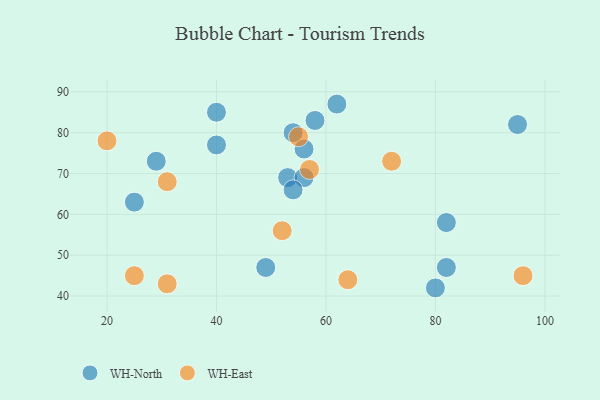
{"axis": {"x": "GDP", "y": "Life Expectancy"}, "legend": ["WH-East", "WH-North"], "data": [{"x": "25", "y": 63, "type": "WH-North"}, {"x": "53", "y": 69, "type": "WH-North"}, {"x": "62", "y": 87, "type": "WH-North"}, {"x": "56", "y": 69, "type": "WH-North"}, {"x": "49", "y": 47, "type": "WH-North"}, {"x": "80", "y": 42, "type": "WH-North"}, {"x": "54", "y": 80, "type": "WH-North"}, {"x": "95", "y": 82, "type": "WH-North"}, {"x": "82", "y": 47, "type": "WH-North"}, {"x": "56", "y": 76, "type": "WH-North"}, {"x": "58", "y": 83, "type": "WH-North"}, {"x": "82", "y": 58, "type": "WH-North"}, {"x": "40", "y": 77, "type": "WH-North"}, {"x": "54", "y": 66, "type": "WH-North"}, {"x": "40", "y": 85, "type": "WH-North"}, {"x": "29", "y": 73, "type": "WH-North"}, {"x": "64", "y": 44, "type": "WH-East"}, {"x": "20", "y": 78, "type": "WH-East"}, {"x": "31", "y": 43, "type": "WH-East"}, {"x": "72", "y": 73, "type": "WH-East"}, {"x": "25", "y": 45, "type": "WH-East"}, {"x": "57", "y": 71, "type": "WH-East"}, {"x": "52", "y": 56, "type": "WH-East"}, {"x": "31", "y": 68, "type": "WH-East"}, {"x": "55", "y": 79, "type": "WH-East"}, {"x": "96", "y": 45, "type": "WH-East"}]}